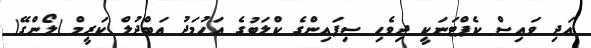
އަދި ވައިސް ކެޕްޓަނަކީ ދިވެހި ސިފައިންގެ ކްލަބުގެ އަހުމަދު އަބްދުލް ކަރީމް )ލޯންގޭ(